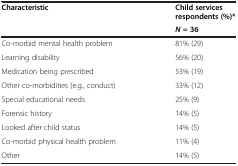
| <ROWSPAN=2> Characteristic | Child services respondents (%)* |
 | N = 36 |
 | --- | --- |
 | Co-morbid mental health problem | 81% (29) |
 | Learning disability | 56% (20) |
 | Medication being prescribed | 53% (19) |
 | Other co-morbidities (e.g., conduct) | 33% (12) |
 | Special educational needs | 25% (9) |
 | Forensic history | 14% (5) |
 | Looked after child status | 14% (5) |
 | Co-morbid physical health problem | 11% (4) |
 | Other | 14% (5) |